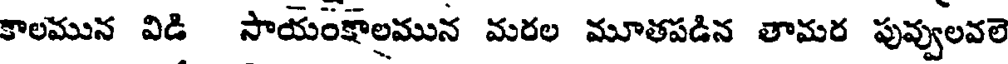
కాలమున విడి సాయంక్షాలమున మరల మూతపడిన తామర పువ్వులవలె